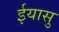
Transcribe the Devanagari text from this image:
ईयासु